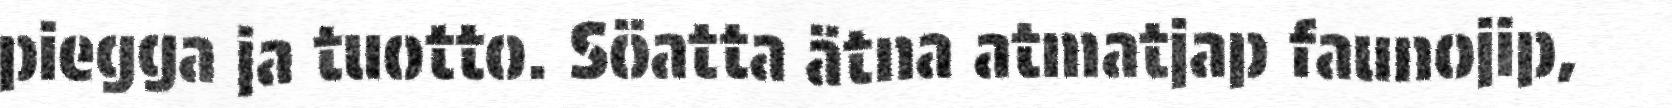
piegga ja tuotto. Söatta ätna atmatjap faunojip,